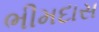
ભીમદાસ